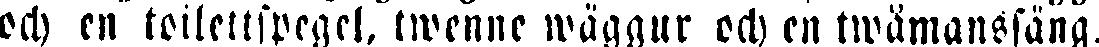
och en toilettspegel, twenne wäggur och en twåmanssäng.